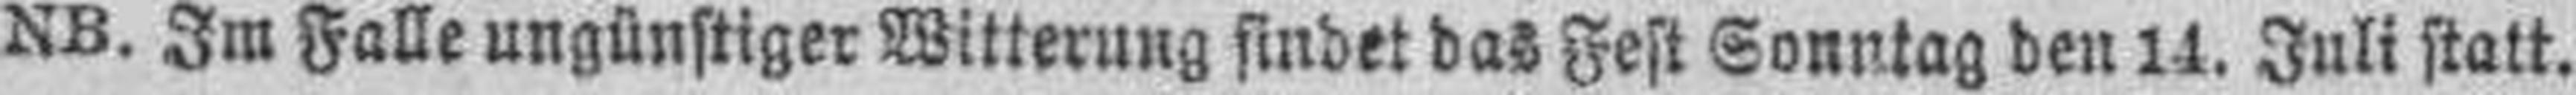
NB. Im Falle ungünstiger Witterung findet das Fest Sonntag den 14. Juli statt.